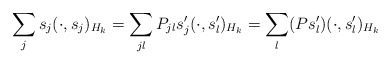
\begin{align*}\sum_j s_j(\cdot,s_j)_{H_k} = \sum_{jl} P_{jl}s'_j(\cdot,s'_l)_{H_k} = \sum_{l} (Ps'_l)(\cdot,s'_l)_{H_k}\end{align*}